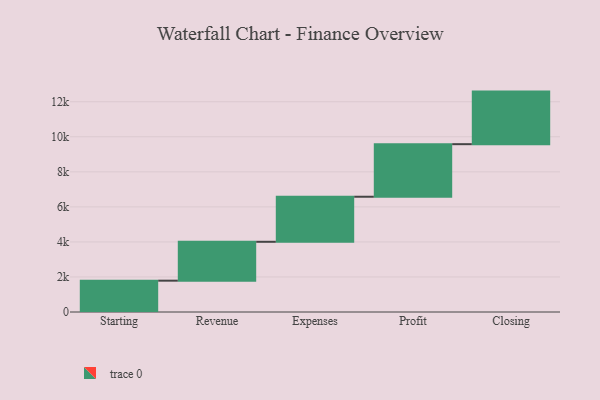
{"axis": {"x": "Step", "y": "Value"}, "legend": [""], "data": [{"x": "Starting", "y": 1788.0, "type": ""}, {"x": "Revenue", "y": 2219.0, "type": ""}, {"x": "Expenses", "y": 2571.0, "type": ""}, {"x": "Profit", "y": 3000, "type": ""}, {"x": "Closing", "y": 3000, "type": ""}]}